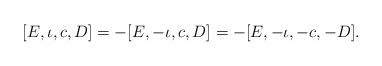
LaTeX: \begin{align*}[E, \iota,c,D] = - [E, -\iota,c,D] = -[E, -\iota,-c,-D].\end{align*}